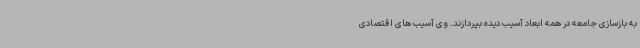
به بازسازی جامعه در همه ابعاد آسیب دیده بپردازند. وی آسیب های اقتصادی